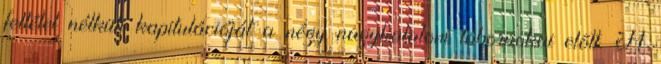
feltétel nélküli kapitulációját a négy nagyhatalom tábornokai elõtt. A